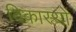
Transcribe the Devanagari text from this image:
विकास्यों